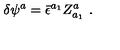
\delta \psi ^ { a } = { \bar { \epsilon } } ^ { a _ { 1 } } Z _ { a _ { 1 } } ^ { a } \ .